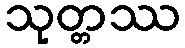
သုတ္တဿ